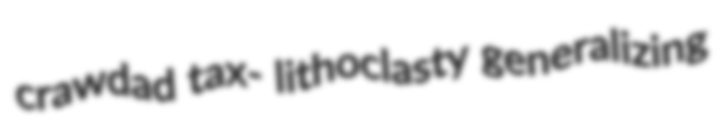
crawdad tax- lithoclasty generalizing